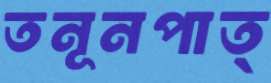
তনূনপাত্